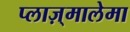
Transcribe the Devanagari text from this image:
प्लाज़्मालेमा